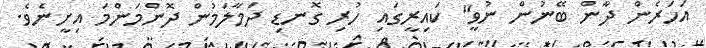
އަހަރެން ދާން ބޭނުން ނުވީ" ކައިރީގައި ހުރި ގޮނޑި ދަމާލަމުން ދޮންމަންމަ އިށީނެވެ.